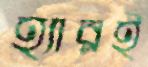
হ্যারই